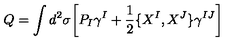
Q = \int d ^ { 2 } \sigma \biggl [ P _ { I } \gamma ^ { I } + \frac { 1 } { 2 } \lbrace X ^ { I } , X ^ { J } \rbrace \gamma ^ { I J } \biggr ]